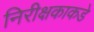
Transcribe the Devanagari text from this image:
निरीक्षकाकडे